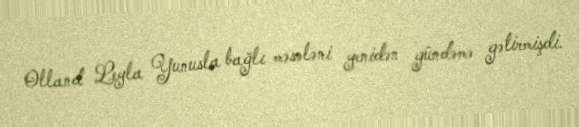
Olland Leyla Yunusla bağlı məsələni yenidən gündəmə gətirmişdi.